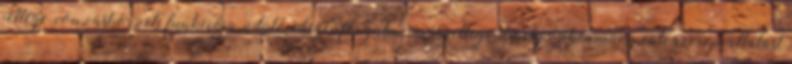
jellege, vonzáskörzeti funkciója, üdülő-idegenforgalmi, más jellege, amely önkormányzati szerepvállalást